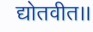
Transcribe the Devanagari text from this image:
द्योतवीत।।